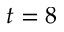
t = 8